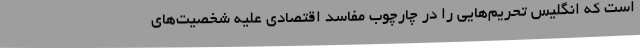
است که انگلیس تحریم‌هایی را در چارچوب مفاسد اقتصادی علیه شخصیت‌های